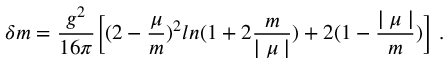
\delta m = \frac { g ^ { 2 } } { 1 6 \pi } \biggl [ ( 2 - \frac { \mu } { m } ) ^ { 2 } l n ( 1 + 2 \frac { m } { \mid \mu \mid } ) + 2 ( 1 - \frac { \mid \mu \mid } { m } ) \biggr ] \ .